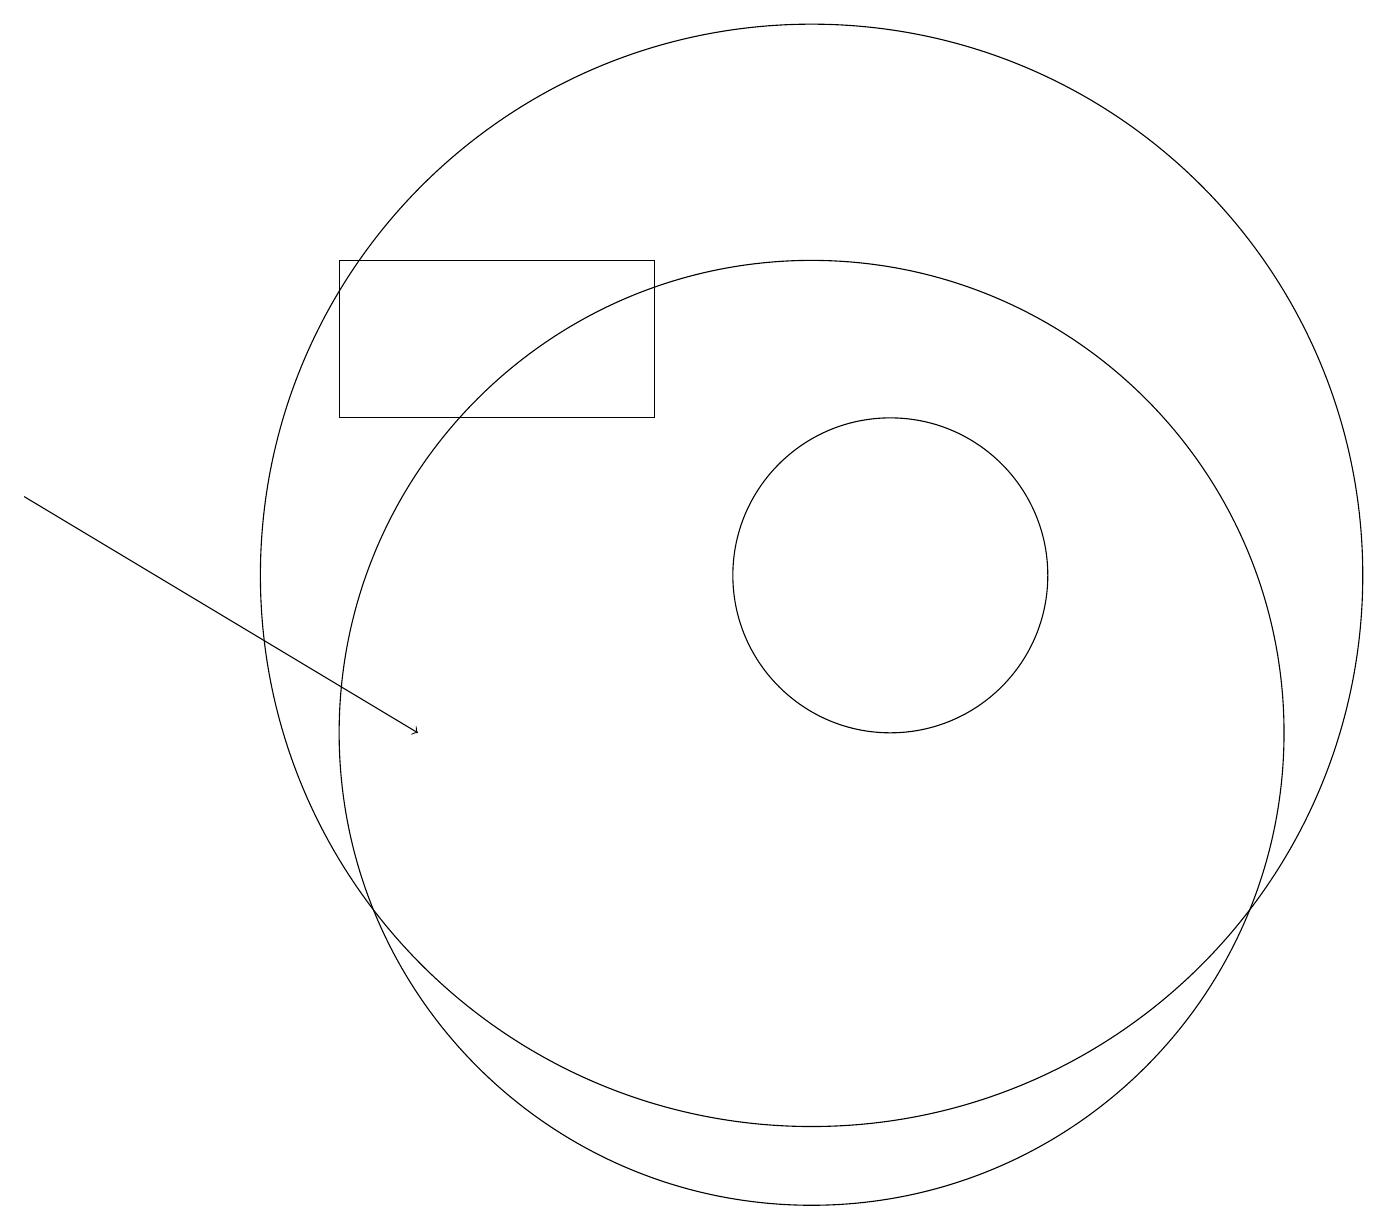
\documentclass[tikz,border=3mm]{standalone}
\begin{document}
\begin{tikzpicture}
\draw (12,12) circle (2);
\draw[->] (1,13) -- (6,10);
\draw (11,12) circle (7);
\draw (11,10) circle (6);
\draw (9,14) rectangle (5,16);
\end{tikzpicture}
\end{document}